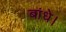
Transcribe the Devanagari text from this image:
बांधे।